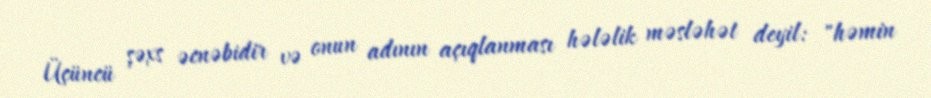
Üçüncü şəxs əcnəbidir və onun adının açıqlanması hələlik məsləhət deyil: "həmin